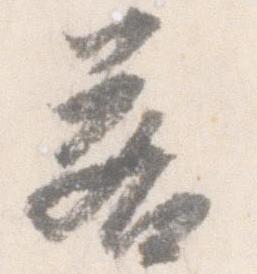
若